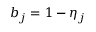
b _ { j } = 1 - \eta _ { j }